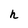
Character: h